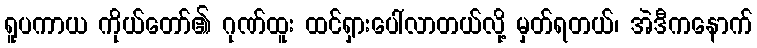
ရူပကာယ ကိုယ်တော်၏ ဂုဏ်ထူး ထင်ရှားပေါ်လာတယ်လို့ မှတ်ရတယ်၊ အဲဒီကနောက်